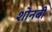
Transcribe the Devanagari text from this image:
शोनबी